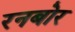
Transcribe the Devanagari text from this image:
रनबोर